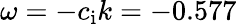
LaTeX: \omega=-c_{\mathrm{i}}k=-0.577